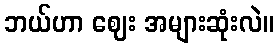
ဘယ်ဟာ ဈေး အများဆုံးလဲ။